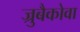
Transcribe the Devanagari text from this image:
ज्रुबैकोवा